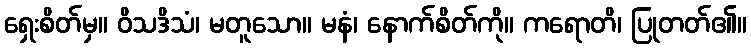
ရှေးစိတ်မှ။ ဝိသဒိသံ၊ မတူသော။ မနံ၊ နောက်စိတ်ကို။ ကရောတိ၊ ပြုတတ်၏။